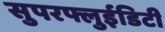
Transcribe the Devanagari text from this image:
सुपरफ्लुईडिटी